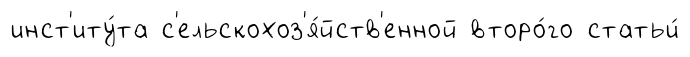
инст'иту́та с'ельскохоз'я́йств'енной второ́го статьи́